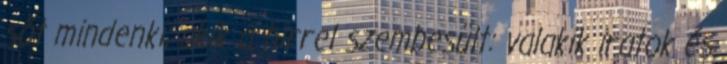
sőt mindenki, akik a hírrel szembesült: valakik iratok és